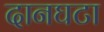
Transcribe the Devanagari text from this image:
दानघटा